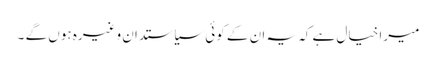
میرا خیال ہے کہ یہ ان کے کوئی سیاستدان وغیرہ ہوں گے ۔